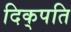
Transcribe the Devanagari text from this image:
दिक्‌पति